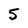
Character: 5